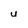
Character: u